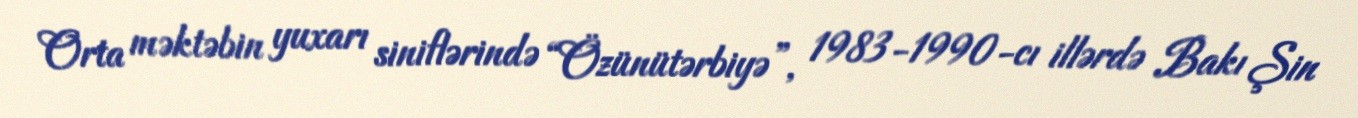
Orta məktəbin yuxarı siniflərində “Özünütərbiyə”, 1983-1990-cı illərdə Bakı Şin